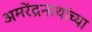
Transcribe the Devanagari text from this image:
अमरेंद्रनाथांच्या